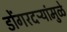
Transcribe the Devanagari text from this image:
डोंगरदऱ्यांमुळे